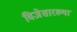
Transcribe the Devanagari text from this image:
विजेसारख्या